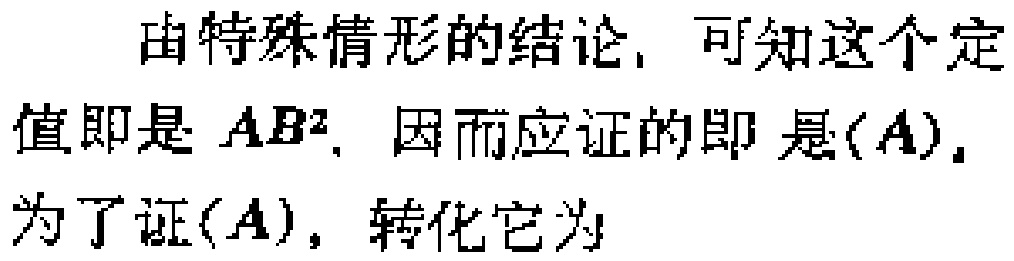
由特殊情形的结论, 可知这个定值即是 \(AB^{2}\), 因而应证的即是\((A)\), 为了证\((A)\), 转化它为